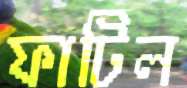
ফাটিল